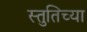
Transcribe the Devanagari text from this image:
स्तुतिच्या